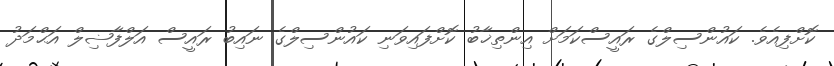
ކޮށްފިއެވެ. ކައުންސިލްގެ ރައީސްކަމަށް އިންތިޚާބު ކޮށްފައިވަނި ކައުންސިލްގެ ނައިބު ރައީސް އަލްފާޟިލް އަޙްމަދު